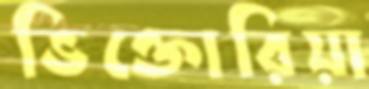
ভিক্তোরিয়া